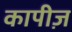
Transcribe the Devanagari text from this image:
कापीज़